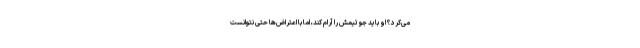
می‌کرد؟ او باید جو تیمش را آرام کند، اما با اعتراض‌ها حتی نتوانست